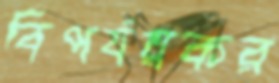
বিপর্যয়কর